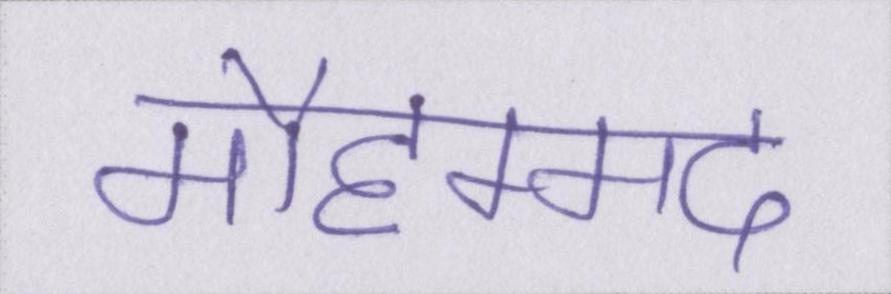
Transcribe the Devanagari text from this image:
मौहम्मद